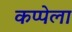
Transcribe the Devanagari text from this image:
कप्पेला